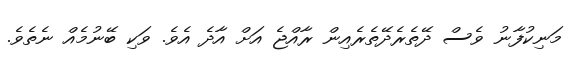
މަނިކުފާނު ވެސް ދޭތެރެދޭތެރެއިން ރާއްޖެ އަށް އާދެ އެވެ. ވަކި ބޭނުމެއް ނެތެވެ.